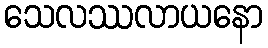
သေလဿလာယနော